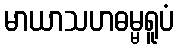
မာယာသဟဓမ္မရူပံ